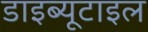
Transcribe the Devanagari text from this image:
डाइब्यूटाइल